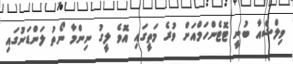
ވިލްޝެއާ ބުނީ ޓޮޓެންހަމްއަށް ވުރެ މަތީގައި އޮވެ ލީގު ނިންމާ ނޯތު ލަންޑަނުގައި